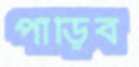
পাড়িব